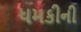
ધમકીની